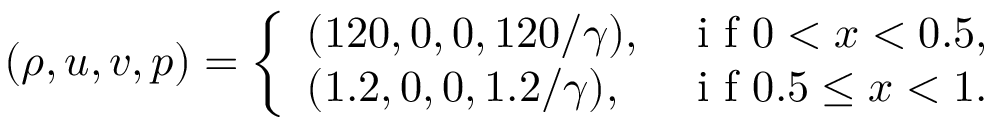
( \rho , u , v , p ) = \left\{ \begin{array} { l l } { ( 1 2 0 , 0 , 0 , 1 2 0 / \gamma ) , } & { \mathrm { ~ i ~ f ~ } 0 < x < 0 . 5 , } \\ { ( 1 . 2 , 0 , 0 , 1 . 2 / \gamma ) , } & { \mathrm { ~ i ~ f ~ } 0 . 5 \le x < 1 . } \end{array} \right.